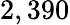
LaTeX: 2,390